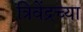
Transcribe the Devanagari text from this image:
त्रिवेंद्रच्या